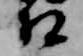
相